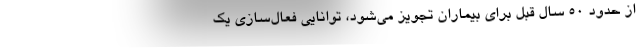
از حدود ۵۰ سال قبل برای بیماران تجویز می‌شود، توانایی فعال‌سازی یک